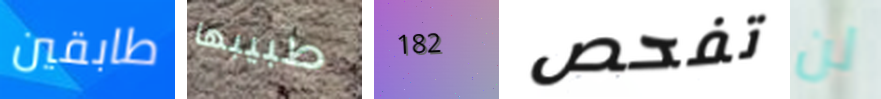
طابقين طبيبها 182 تفحص لن